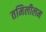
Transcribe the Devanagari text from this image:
तमिलीलम